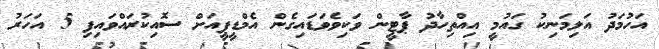
އަހުމަދު އަލިމަނިކު ގައުމީ އިއްތިހާދު ޕާޓީން ވަކިވެވަޑައިގެން އެމްޑީޕީއަށް ސޮއިކުރައްވައިފި 5 އަހަރު